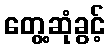
တွေ့ဆုံခွင့်